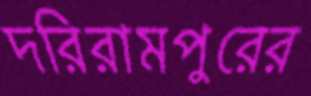
দরিরামপুরের